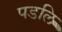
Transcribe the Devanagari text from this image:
पडलि